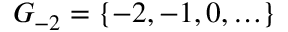
G _ { - 2 } = \{ - 2 , - 1 , 0 , \ldots \}